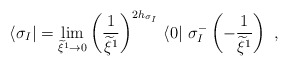
\begin{align*}\langle \sigma_{I} | = \lim_{\widetilde{\xi}^{1}\rightarrow 0} \left(\frac{1}{\widetilde{\xi}^{1}}\right)^{2h_{\sigma_{I}}} \, \langle 0 | ~\sigma^{-}_{I}\left(-\frac{1}{\widetilde{\xi}^{1}}\right)~,\end{align*}